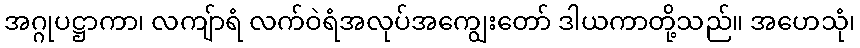
အဂ္ဂုပဋ္ဌာကာ၊ လကျ်ာရံ လက်ဝဲရံအလုပ်အကျွေးတော် ဒါယကာတို့သည်။ အဟေသုံ၊